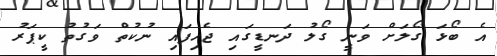
އެ ބޯޅަ ގޯލަށް ވަނީ ގޯލު ދަނޑީގައި ޖެހިފައި ނުކުތް ވަގުތު ކީޕަރު